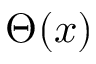
\Theta ( x )